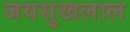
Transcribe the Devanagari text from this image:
जयसुखलाल